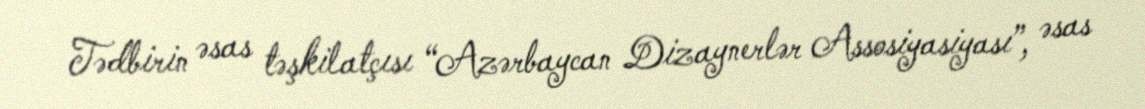
Tədbirin əsas təşkilatçısı “Azərbaycan Dizaynerlər Assosiyasiyası”, əsas